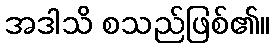
အဒါသိ စသည်ဖြစ်၏။